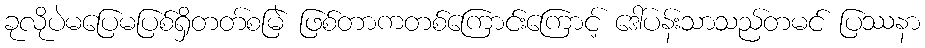
ခုလိုပဲမပြေမပြစ်ရှိတတ်စမြဲ ဖြစ်တာကတစ်ကြောင်းကြောင့် ဒေါ်ပန်းသာသည်တမင် ပြဿနာ